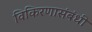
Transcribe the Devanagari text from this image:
विकिरणासंबंधी